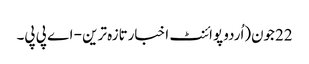
22جون(اُردو پوائنٹ اخبارتازہ ترین - اے پی پی۔